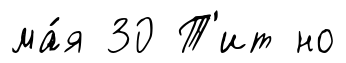
ма́я 30 Т'ит но